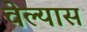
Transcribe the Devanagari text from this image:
वेल्यास